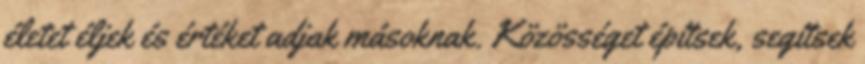
életet éljek és értéket adjak másoknak. Közösséget építsek, segítsek